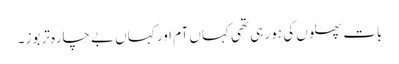
بات پھلوں کی ہو رہی تھی کہاں آم اور کہاں بے چارہ تربوز ۔